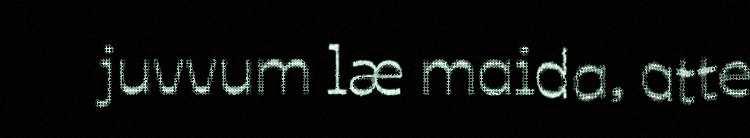
juvvum læ maida, atte